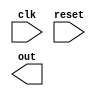
module Loop (
    input wire clk,
    input wire reset,
    output wire out
);

reg [7:0] count;
reg skip_iteration;

always @(posedge clk or posedge reset) begin
    if (reset) begin
        count <= 0;
        skip_iteration <= 0;
    end else begin
        if (count < 10) begin
            if (skip_iteration) begin
                skip_iteration <= 0;
            end else begin
                // Code block to be executed within loop
                // Add your desired functionality here
                
                count <= count + 1;
            end
        end else begin
            count <= 0;
        end
    end
end

endmodule